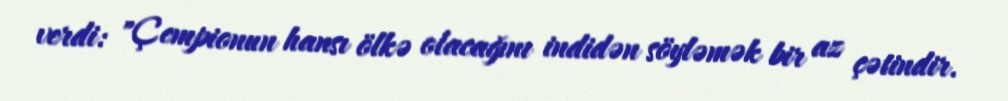
verdi: "Çempionun hansı ölkə olacağını indidən söyləmək bir az çətindir.